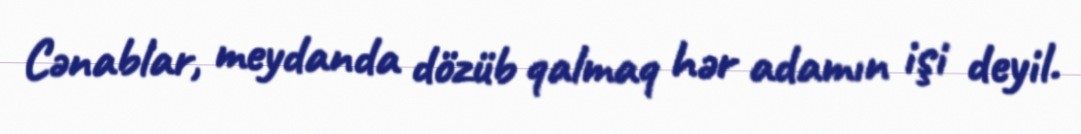
Cənablar, meydanda dözüb qalmaq hər adamın işi deyil.